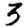
Digit: 3